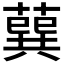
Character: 𦺈